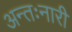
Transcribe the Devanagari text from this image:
अन्तःनारी